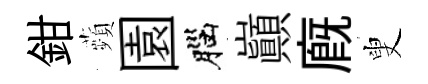
鉗蘋園腦巔廐叟